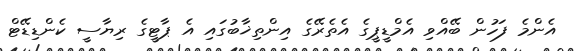
އެންމެ ފަހުން ބޭއްވި އެމްޑީޕީގެ އެތެރޭގެ އިންތިޚާބުގައި އެ ޕާޓީގެ ރިޔާސީ ކެންޑިޑޭޓް